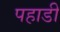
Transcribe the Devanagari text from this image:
पहाडी